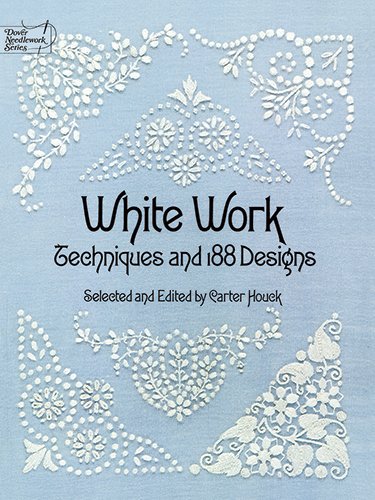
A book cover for White Work: Techniques and 188 Designs (Dover Embroidery, Needlepoint); Crafts, Hobbies & Home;